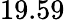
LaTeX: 19.59